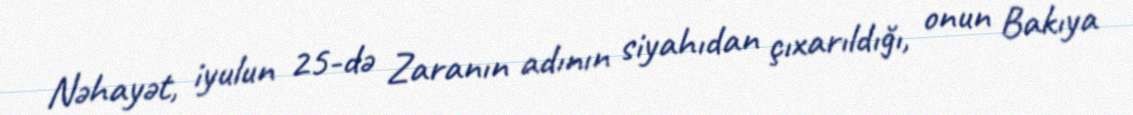
Nəhayət, iyulun 25-də Zaranın adının siyahıdan çıxarıldığı, onun Bakıya